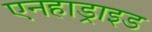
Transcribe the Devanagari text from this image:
एनहाड्राइड